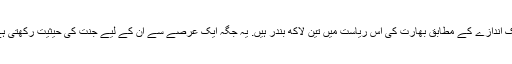
ایک اندازے کے مطابق بھارت کی اس ریاست میں تین لاکھ بندر ہیں. یہ جگہ ایک عرصے سے ان کے لیے جنت کی حیثیت رکھتی ہے۔